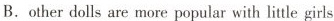
B.other dolls are more popular with little girls